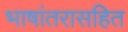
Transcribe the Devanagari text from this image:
भाषांतरासहित